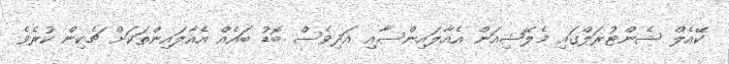
ކޭއެލް ސެންޓުރަލްގައި މެލޭޝިއަން އެއާލައިންސާއި އަދިވެސް ބޮޑު ބައެއް އެއާލައިންތަކަށް ޗެކިން ކުރެވެ